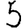
Digit: 5